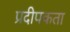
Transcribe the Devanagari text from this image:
प्रदीपकता